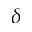
\delta